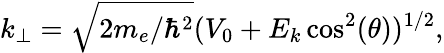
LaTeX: k_{\perp}=\sqrt{2m_{e}/\hbar^{2}}(V_{0}+E_{k}\cos^{2}(\theta))^{1/2},